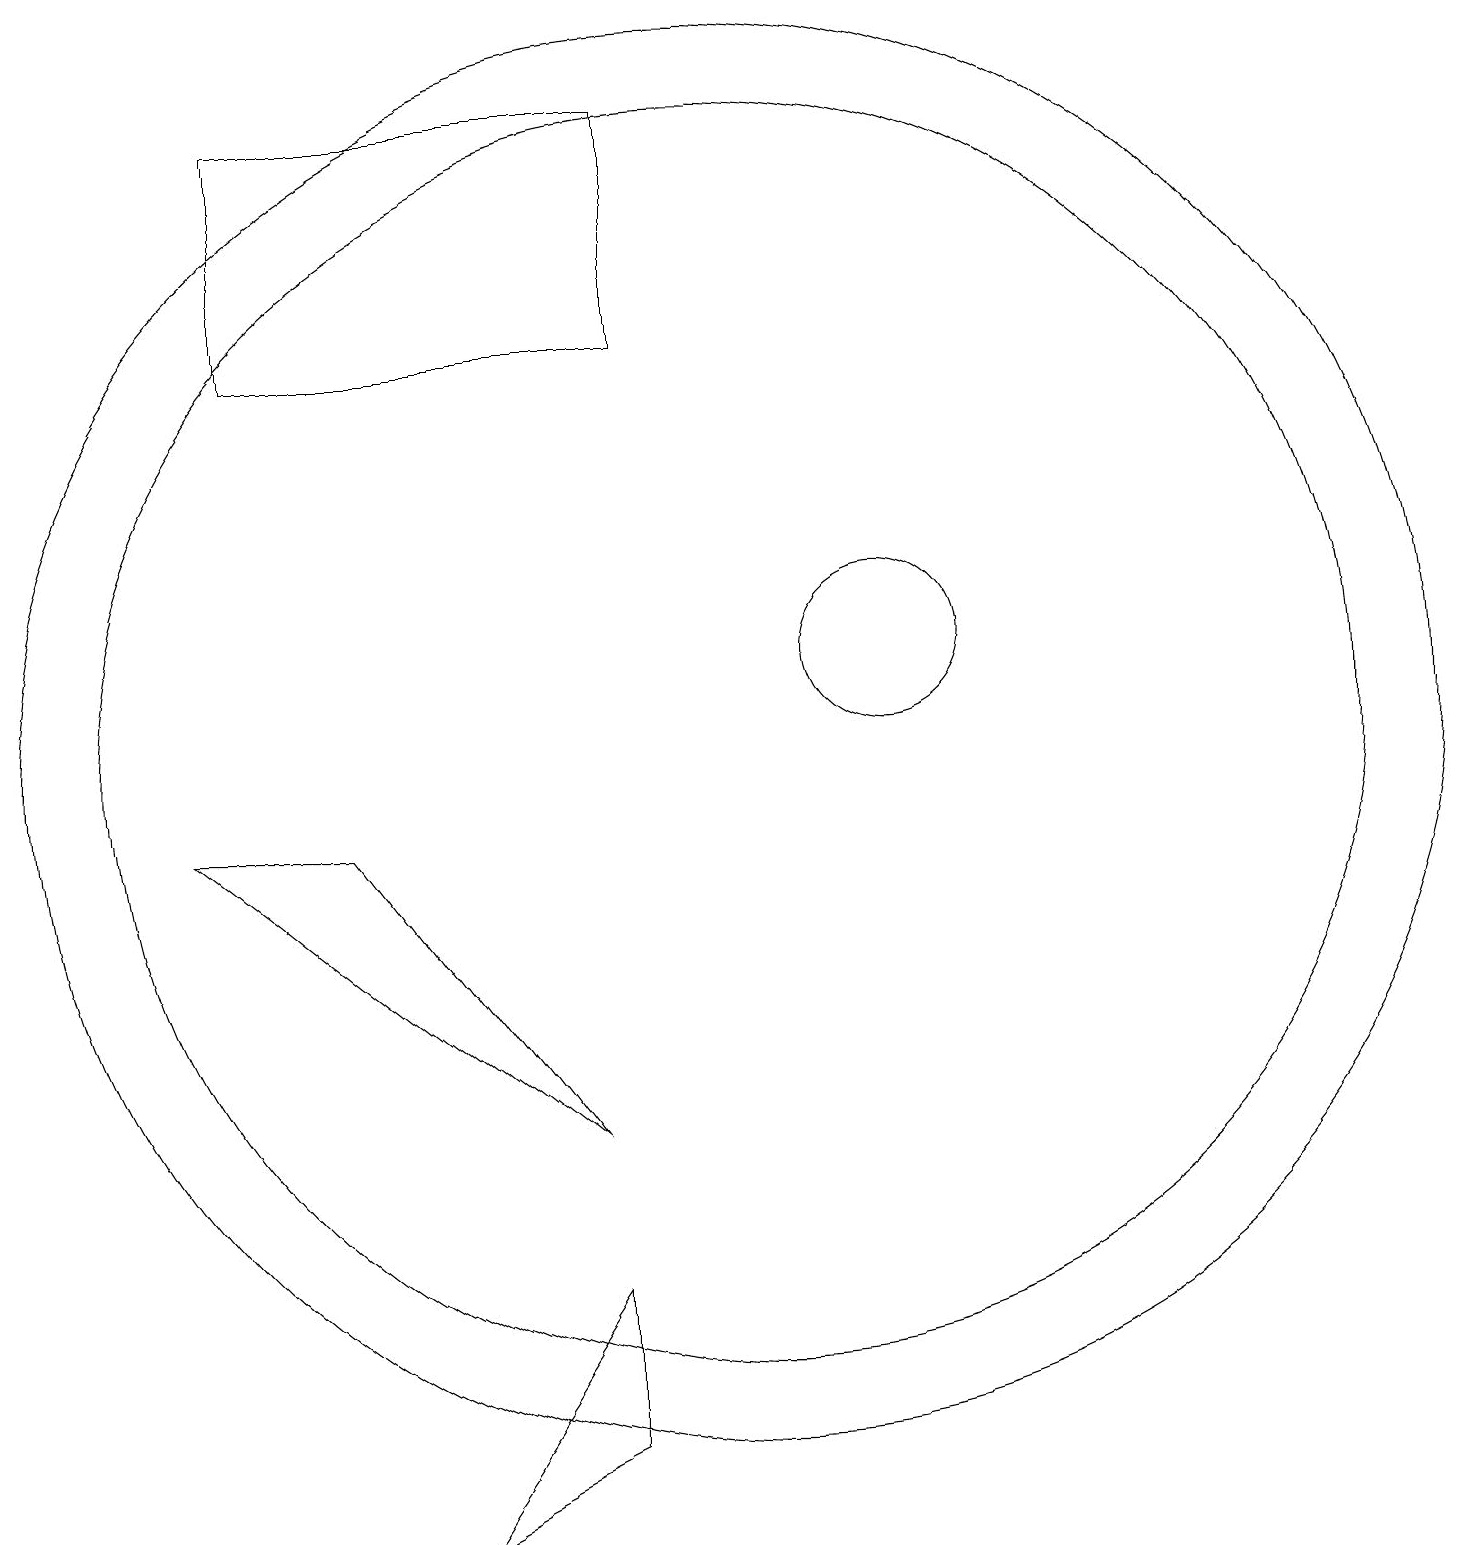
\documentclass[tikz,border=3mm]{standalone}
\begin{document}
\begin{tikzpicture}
\draw (8,5) -- (5,9) -- (3,9) -- cycle;
\draw (10,10) circle (9);
\draw (4,18) rectangle (9,15);
\draw (12,11) circle (1);
\draw (10,10) circle (8);
\draw (6,0) -- (8,3) -- (8,1) -- cycle;
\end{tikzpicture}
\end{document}